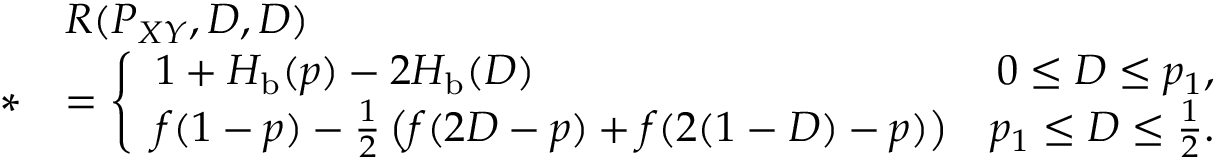
\begin{array} { r l } & { R ( P _ { X Y } , D , D ) } \\ { * } & { = \left\{ \begin{array} { l r } { 1 + H _ { \mathrm { b } } ( p ) - 2 H _ { \mathrm { b } } ( D ) } & { 0 \leq D \leq p _ { 1 } , } \\ { f ( 1 - p ) - \frac { 1 } { 2 } \left( f ( 2 D - p ) + f ( 2 ( 1 - D ) - p ) \right) } & { p _ { 1 } \leq D \leq \frac { 1 } { 2 } . } \end{array} \right. } \end{array}